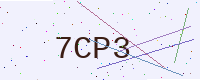
Text: 7CP3